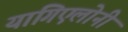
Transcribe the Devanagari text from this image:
यागिएलोनी